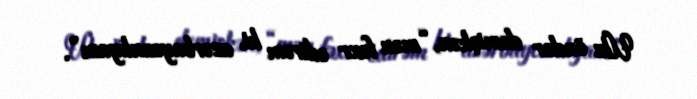
Ulu öndər demişkən, “mən fəxr edirəm ki, azərbaycanlıyam”.